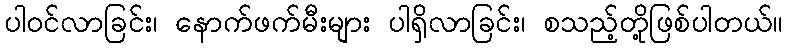
ပါဝင်လာခြင်း၊ နောက်ဖက်မီးများ ပါရှိလာခြင်း၊ စသည့်တို့ဖြစ်ပါတယ်။